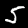
Label: 5